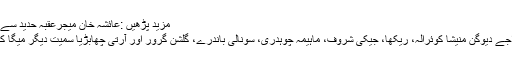
مزید پڑھیں :عائشہ خان میجرعقبہ حدید سےنکاح کےبندھن میں بندھ گئیں
اس میں ان دونوں کے علاوہ اجے دیوگن منیشا کوئرالہ، ریکھا، جیکی شروف، ماہیمہ چوہدری، سونالی باندرے، گلشن گرور اور آرتی چھابڑیا سمیت دیگر میگا کاسٹ نے جوہر دکھائے تھے۔